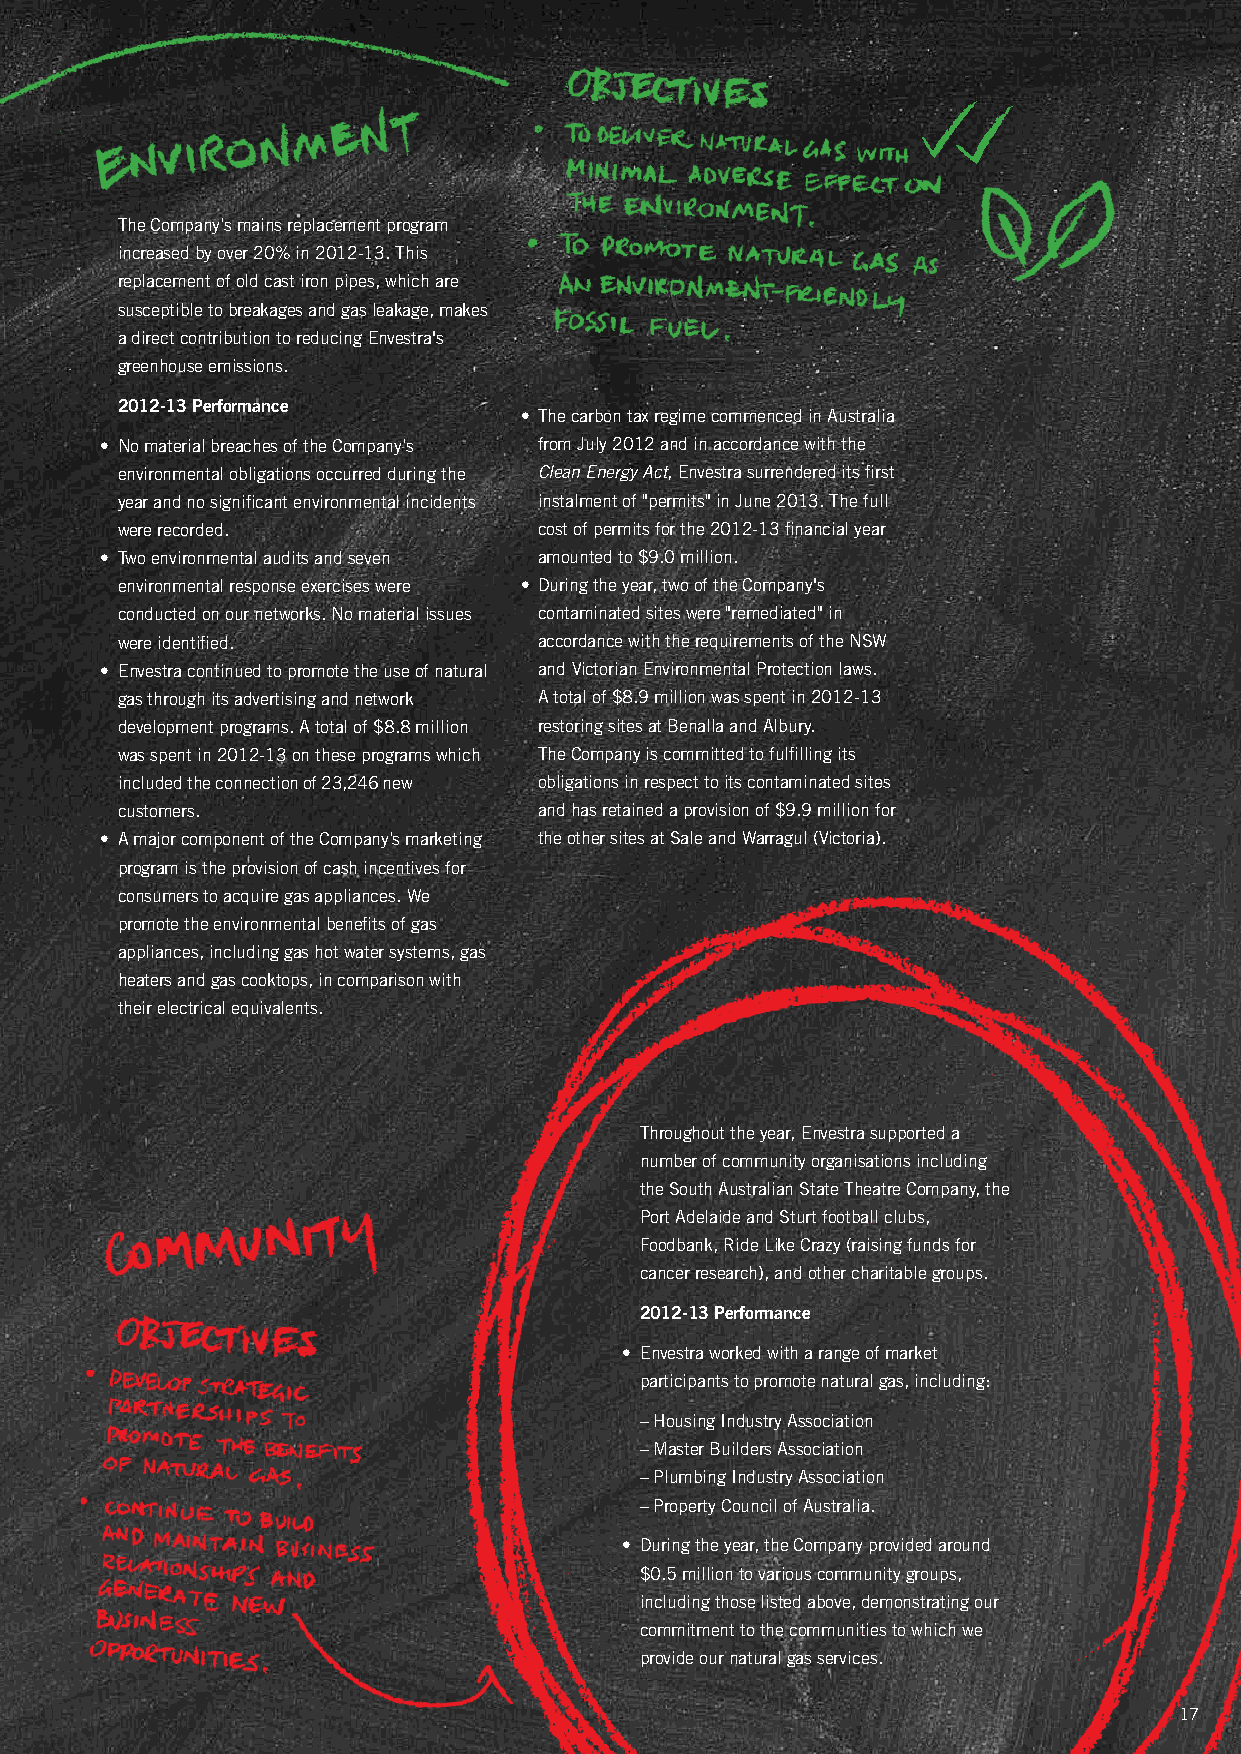
The Company’s mains replacement program
 increased by over 20% in 2012-13. This
 replacement of old cast iron pipes, which are
 susceptible to breakages and gas leakage, makes
 a direct contribution to reducing envestra's
 greenhouse emissions.
 2012-13 Performance
 • The carbon tax regime commenced in Australia
 • No material breaches of the Company’s from July 2012 and in accordance with the
 environmental obligations occurred during the Clean Energy Act, envestra surrendered its first
 year and no significant environmental incidents instalment of "permits" in June 2013. The full
 were recorded.              cost of permits for the 2012-13 financial year
 • Two environmental audits and seven amounted to $9.0 million.
 environmental response exercises were • During the year, two of the Company's
 conducted on our networks. No material issues contaminated sites were "remediated" in
 were identified.            accordance with the requirements of the NSw
 • envestra continued to promote the use of natural and victorian environmental Protection laws.
 gas through its advertising and network A total of $8.9 million was spent in 2012-13
 development programs. A total of $8.8 million restoring sites at Benalla and Albury.
 was spent in 2012-13 on these programs which The Company is committed to fulfilling its
 included the connection of 23,246 new obligations in respect to its contaminated sites
 customers.                  and has retained a provision of $9.9 million for
 • A major component of the Company’s marketing the other sites at Sale and warragul (victoria).
 program is the provision of cash incentives for
 consumers to acquire gas appliances. we
 promote the environmental benefits of gas
 appliances, including gas hot water systems, gas
 heaters and gas cooktops, in comparison with
 their electrical equivalents.
 Throughout the year, envestra supported a
 number of community organisations including
 the South Australian State Theatre Company, the
 Port Adelaide and Sturt football clubs,
 Foodbank, Ride like Crazy (raising funds for
 cancer research), and other charitable groups.
 2012-13 Performance
 • envestra worked with a range of market
 participants to promote natural gas, including:
 – Housing Industry Association
 – Master Builders Association
 – Plumbing Industry Association
 – Property Council of Australia.
 • During the year, the Company provided around
 $0.5 million to various community groups,
 including those listed above, demonstrating our
 commitment to the communities to which we
 provide our natural gas services.
 17